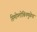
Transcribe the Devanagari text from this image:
हिमोग्लोबिनमुळेच